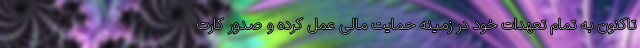
تاکنون به تمام تعهدات خود در زمینه حمایت مالی عمل کرده و صدور کارت